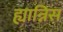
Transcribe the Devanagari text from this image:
ह्यान्निस